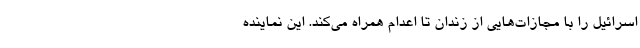
اسرائیل را با مجازات‌هایی از زندان تا اعدام همراه می‌کند. این نماینده